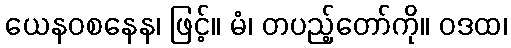
ယေနဝစနေန၊ ဖြင့်။ မံ၊ တပည့်တော်ကို။ ဝဒထ၊